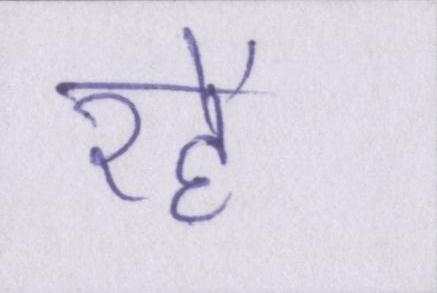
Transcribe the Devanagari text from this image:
रहें